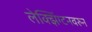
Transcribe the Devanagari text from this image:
लेक्झिंग्टनवरुन